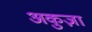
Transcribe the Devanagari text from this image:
अकुज़ा